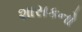
શાસકનો